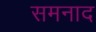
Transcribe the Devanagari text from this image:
समनाद